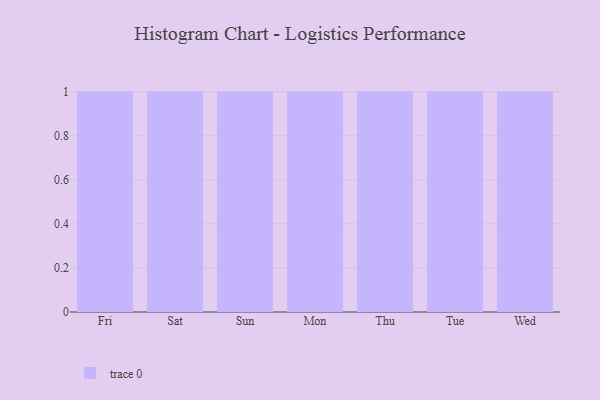
{"axis": {"x": "Day", "y": "Waste Production (Tons)"}, "legend": [""], "data": [{"x": "Fri", "y": 49, "type": ""}, {"x": "Sat", "y": 87, "type": ""}, {"x": "Sun", "y": 87, "type": ""}, {"x": "Mon", "y": 74, "type": ""}, {"x": "Thu", "y": 75, "type": ""}, {"x": "Tue", "y": 10, "type": ""}, {"x": "Wed", "y": 96, "type": ""}]}